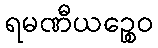
ရမဏီယဉ္စေဝ